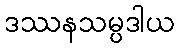
ဒဿနသမ္ပဒါယ